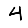
Digit: 4